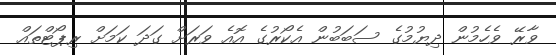
ވާރޭ ވެހެމުން ދިޔުމުގެ ސަބަބުން އެކޯރުގެ އޮއެ ވަރަށް ގަދަ ކަމަށް ރިޕޯޓްތައް